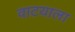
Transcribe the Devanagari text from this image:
वाटयाला